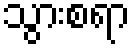
သွားစရာ